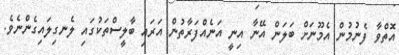
އޮތްވާ ފެނުމުން އެމޫނަށް ބަލަން އޭނާ އިނީ އަނެއްފަރާތުން އަރައި ބާލީސްތަކުގައި ލެނގިލައިގެންނެވެ.